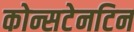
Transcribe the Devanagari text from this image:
कोन्सटेनटिन